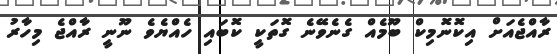
ރާއްޖެއަށް އިކޮނޮމިކް ބޫމެއް ގެނެވޭނެ ގޮތަކީ ކޮބައި ހެއްޔެވެ ނޫނީ ރާއްޖެ މިހާރު